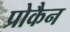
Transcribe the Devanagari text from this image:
प्रोकैन